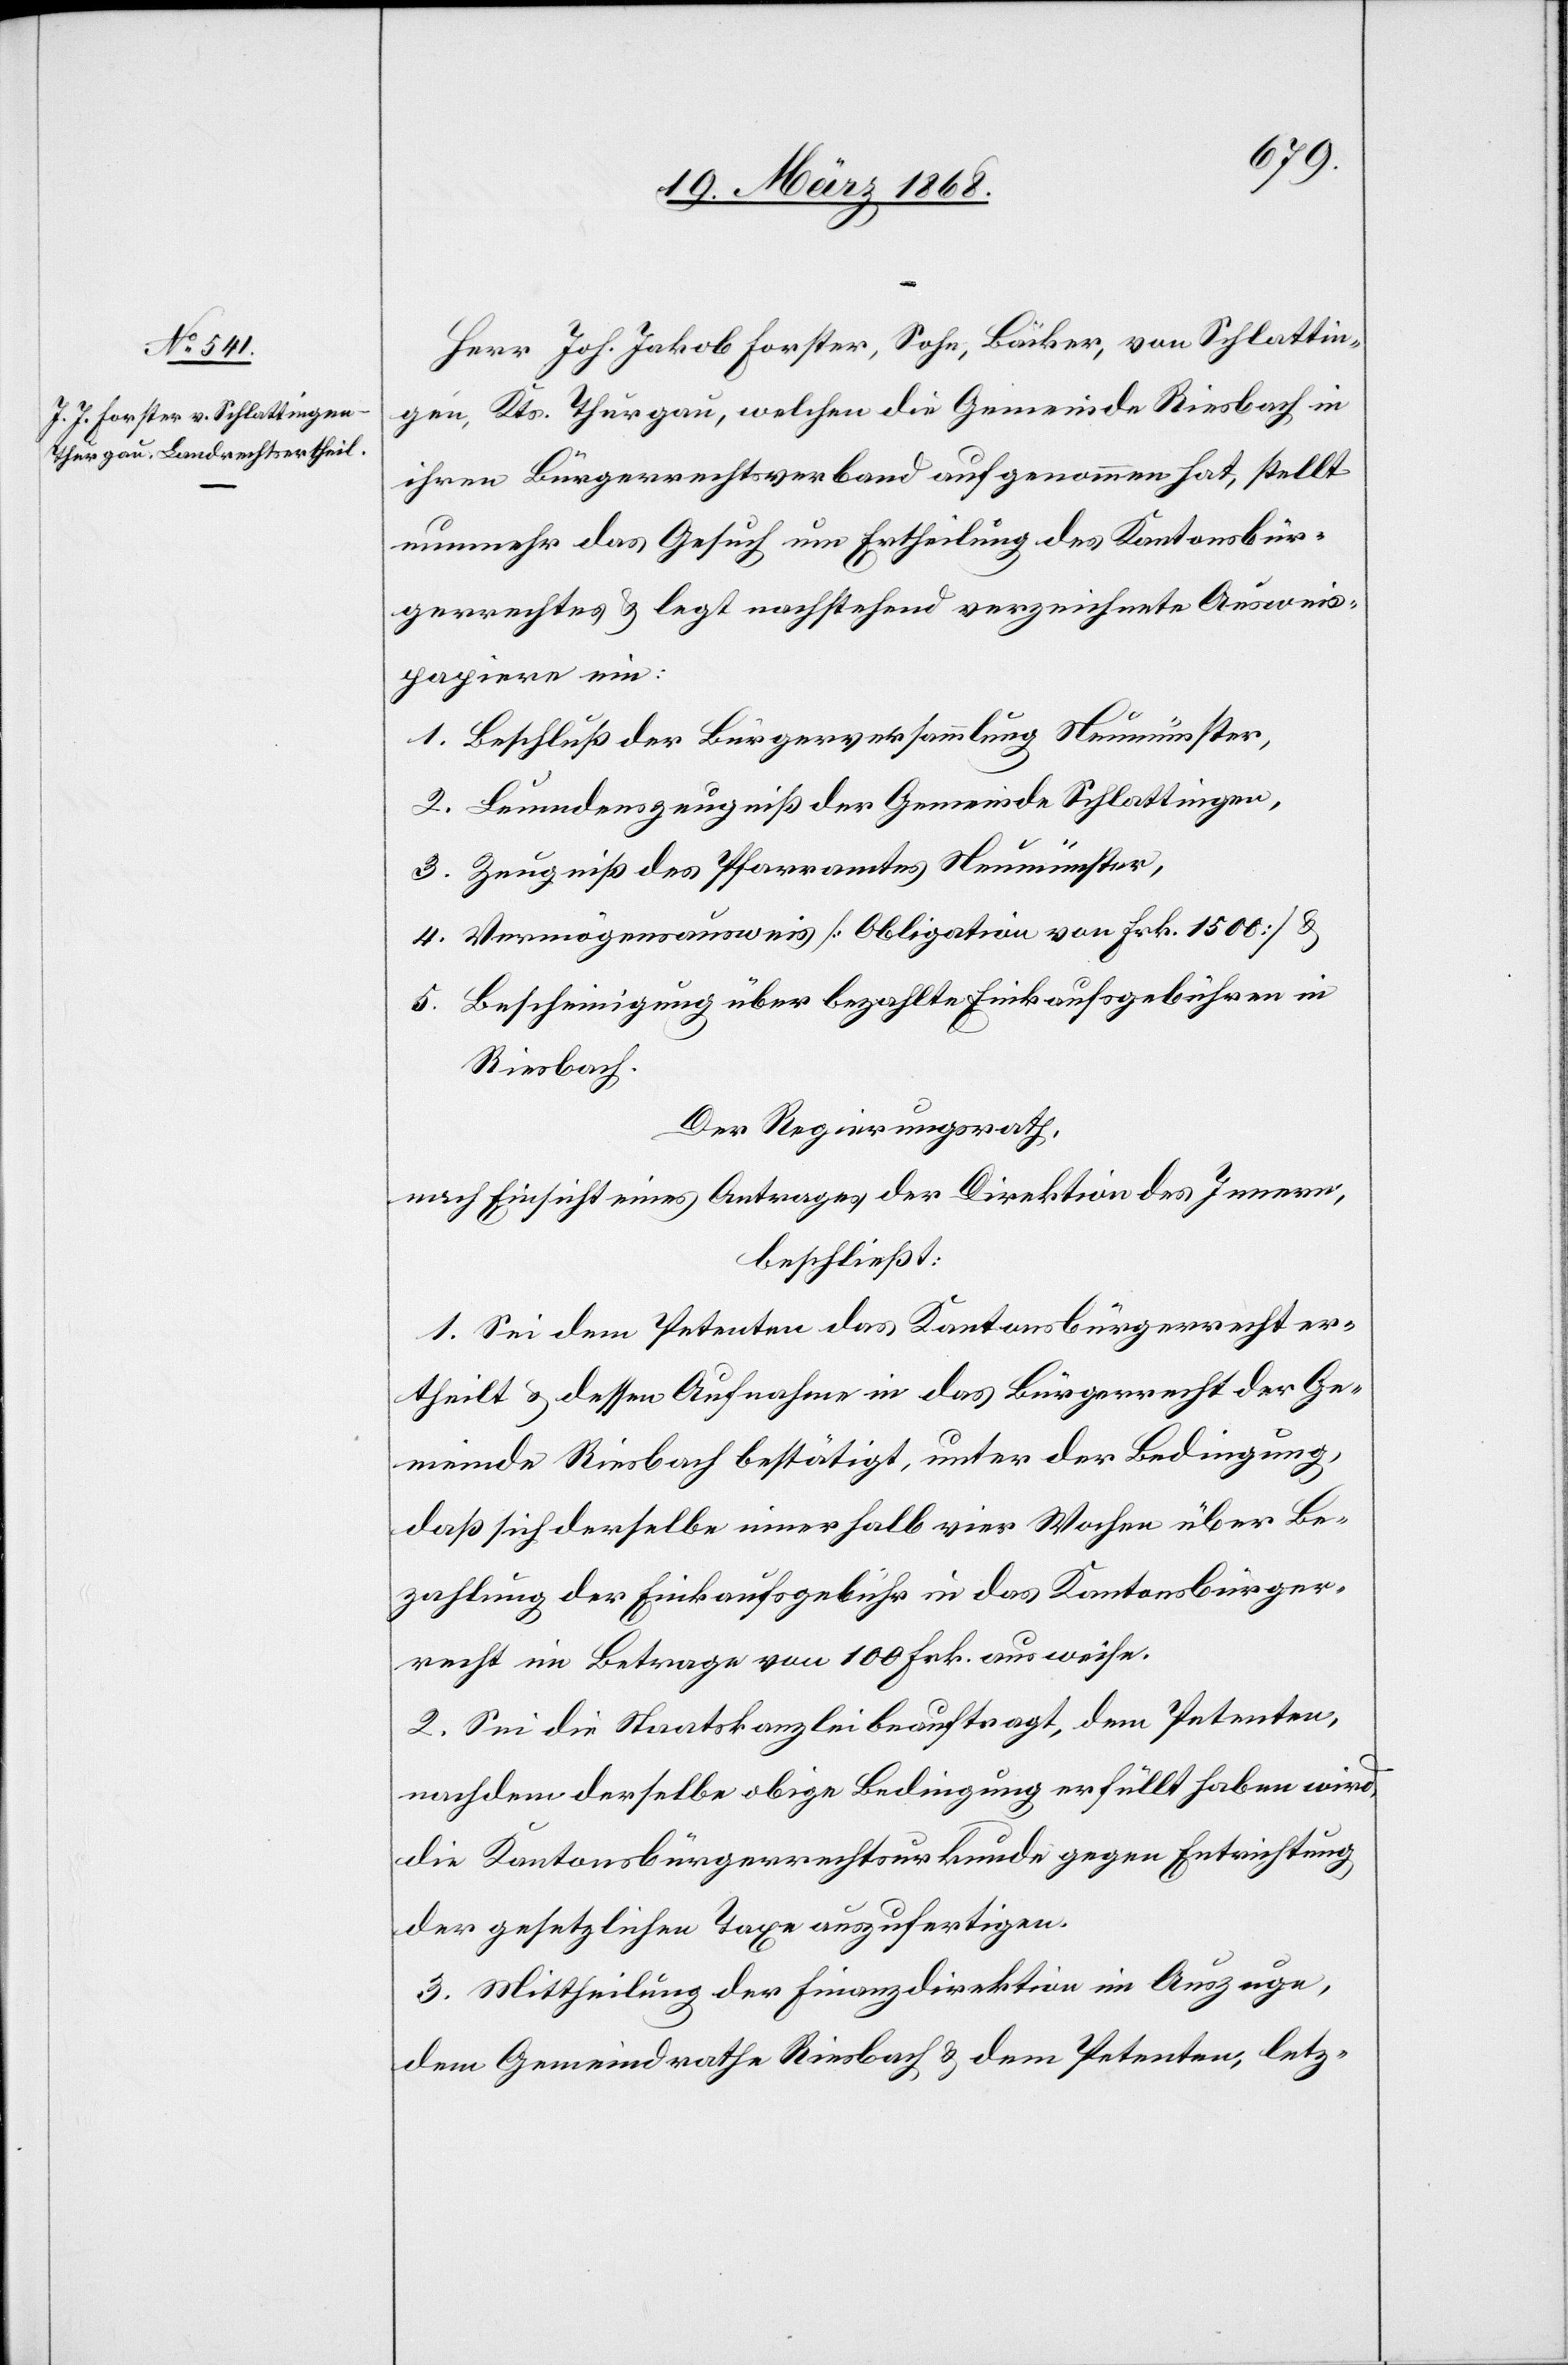
Herr Joh. Jakob Forster, Sohn, Bäcker, von Schlattin¬
gen, Kts. Thurgau, welchen die Gemeinde Riesbach in
ihren Bürgerrechtsverband aufgenommen hat, stellt
nunmehr das Gesuch um Ertheilung des Kantonsbür¬
gerrechtes & legt nachstehend verzeichnete Ausweis¬
papiere ein:
1. Beschluß der Bürgerversammlung Neumünster,
2. Leumdenszeugniß der Gemeinde Schlattingen,
3. Zeugniß des Pfarramtes Neumünster,
4. Vermögensausweis [Obligation von Frk. 1500] &
5. Bescheinigung über bezahlte Einkaufsgebühren in
Riesbach.
Der Regierungsrath,
nach Einsicht eines Antrages der Direktion des Innern,
beschließt:
1. Sei dem Petenten das Kantonsbürgerrecht er¬
theilt & dessen Aufnahme in das Bürgerrecht der Ge¬
meinde Riesbach bestätigt, unter der Bedingung,
daß sich derselbe innerhalb vier Wochen über Be¬
zahlung der Einkaufsgebühr in das Kantonsbürger¬
recht im Betrage von 100 Frk. ausweise.
2. Sei die Staatskanzlei beauftragt, dem Petenten,
nachdem derselbe obige Bedingung erfüllt haben wird,
die Kantonsbürgerrechtsurkunde gegen Entrichtung
der gesetzlichen Taxe auszufertigen.
3. Mittheilung der Finanzdirektion im Auszuge,
dem Gemeindrathe Riesbach & dem Petenten, letz-